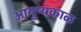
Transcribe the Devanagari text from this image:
आयुष्यकाळ